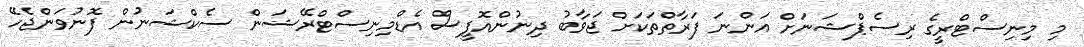
މި މިނިސްޓްރީގެ ރިސެޕްޝަނަށް އަންނަ ފަރާތްތަކަށް ޖަވާބު ދިނުންއޮފީސް އެޑްމިނިސްޓްރޭޝަން ސެކްޝަނުން ފޮނުވަންޖެހޭ